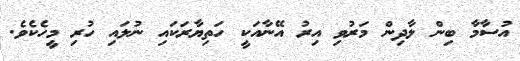
އުސާމާ ބިން ލާދިން މަރުވި އިރު އޭނާއަކީ ހަތިޔާރަކައި ނުލައި ހުރި މީހެކެވެ.